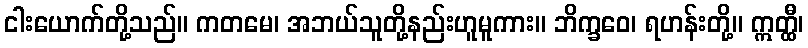
ငါးယောက်တို့သည်။ ကတမေ၊ အဘယ်သူတို့နည်းဟူမူကား။ ဘိက္ခဝေ၊ ရဟန်းတို့။ ဣတ္ထီ၊